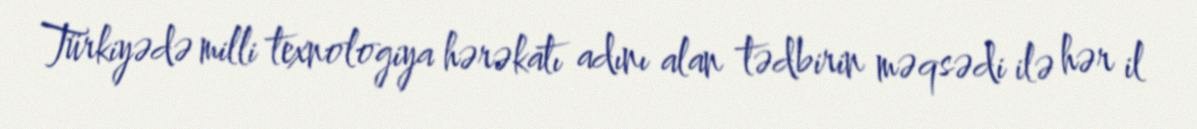
Türkiyədə milli texnologiya hərəkatı adını alan tədbirin məqsədi ilə hər il